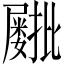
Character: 𫵫